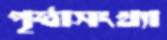
পৃষ্ঠাসংখ্যা